Calcutta medical institutions reports 1879-81 [i.e.91]
Year: 1879
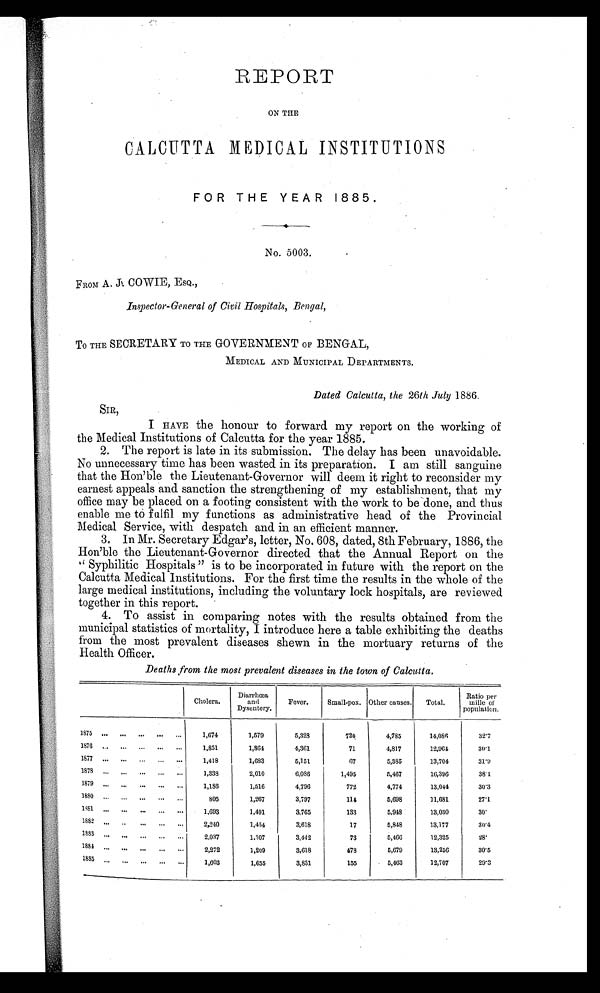
REPORT
ON THE
CALCUTTA MEDICAL INSTITUTIONS
FOR THE YEAR 1885.
No. 5003.
FROM A. J. COWIE, ESQ.,
Inspector-General of Civil Hospitals, Bengal,
To THE SECRETARY TO THE GOVERNMENT OF BENGAL,
MEDICAL AND MUNICIPAL DEPARTMENTS.
Dated Calcutta, the 26th July 1886.
SIR,
I HAVE the honour to forward my report on the working of
the Medical Institutions of Calcutta for the year 1885.
2. The report is late in its submission. The delay has been unavoidable.
No unnecessary time has been wasted in its preparation. I am still sanguine
that the Hon'ble the Lieutenant-Governor will deem it right to reconsider my
earnest appeals and sanction the strengthening of my establishment, that my
office may be placed on a footing consistent with the work to be done, and thus
enable me to fulfil my functions as administrative head of the Provincial
Medical Service, with despatch and. in an efficient manner.
3. In Mr. Secretary Edgar's, letter, No. 608, dated, 8th February, 1886, the
Hon'ble the Lieutenant-Governor directed that the Annual Report on the
"Syphilitic Hospitals" is to be incorporated in future with the report on the
Calcutta Medical Institutions. For the first time the results in the whole of the
large medical institutions, including the voluntary lock hospitals, are reviewed
together in this report.
4. To assist in comparing notes with the results obtained from the
municipal statistics of mortality, I introduce here a table exhibiting the deaths
from the most prevalent diseases shewn in the mortuary returns of the
Health Officer.
Deaths from the most prevalent diseases in the town of Calcutta.
Cholera. Diarrhœa
and
Dysentery.
Fever.
Small-pox. Other causes. Total.
Ratio per
mille of
population.
1,674
1,579
5, 328
720
4,785
14,086
3 2 . 7
1876 ... ... ... ...
1,851
1, 864
4,361
71
4,817
12, 964
30.1
1877 ... ... ... ... ...
1,418
1, 683
5,151
67
5,385
13,704
31.9
1878 ... ... ...
. . .
1,338
2, 010
6,086
1,495
5,467
16, 396
38.1
1879 . . .
. . .
. . .
. . .
1 , 1 3 6
1,516
4,796
772
4,774
13, 044
30.3
1 8 8 0
. . .
. . .
. . .
. . .
. . .
805
1,267
3,797
114
5,698
11,681
27.1
1881 . . .
. . .
. . .
. . .
1,693
1,491
3,765
133
5,948
13, 030
35.
1882
. . .
. . .
. . .
. . .
. . . 2,240
1,454
3,618
17
5,848
13,177
3 0 . 4
1883 ...
. . .
. . .
. . .
. . .
2,037
1,307
3,442
73
5,466
12,325
28.
1884
. . .
. . .
. . .
. . .
. . .
2,272
1,259
3,618
478
5,679
13,256
30.5
1885 ... ...
. . .
. . .
. . . 1,603
1,655
3,831
155
5,463
12,707
29.3